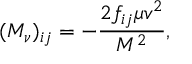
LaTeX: ( { \cal M } _ { \nu } ) _ { i j } = - { \frac { 2 f _ { i j } \mu v ^ { 2 } } { M ^ { 2 } } } ,